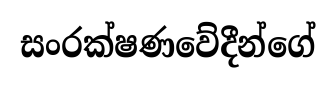
සංරක්ෂණවේදීන්ගේ